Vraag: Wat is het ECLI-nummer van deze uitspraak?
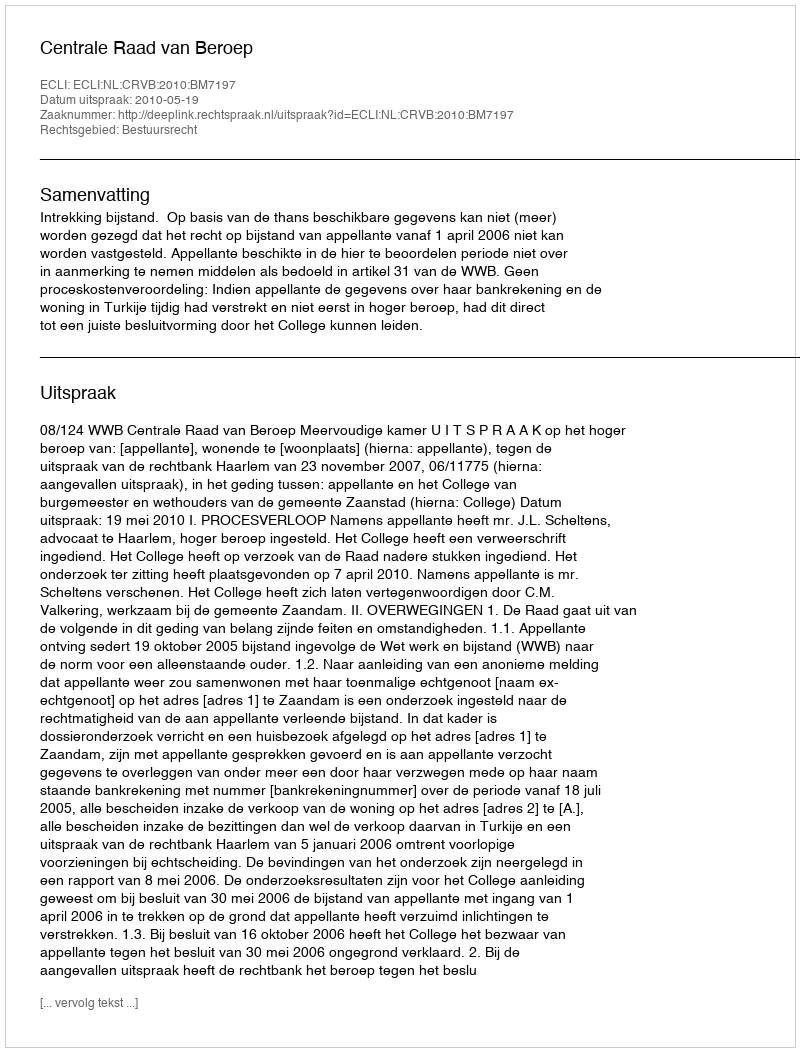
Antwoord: ECLI:NL:CRVB:2010:BM7197